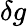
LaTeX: \mathbf\delta g